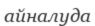
айналуда